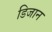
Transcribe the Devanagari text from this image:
डिजान